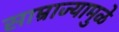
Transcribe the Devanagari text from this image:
साम्राज्यामुळे